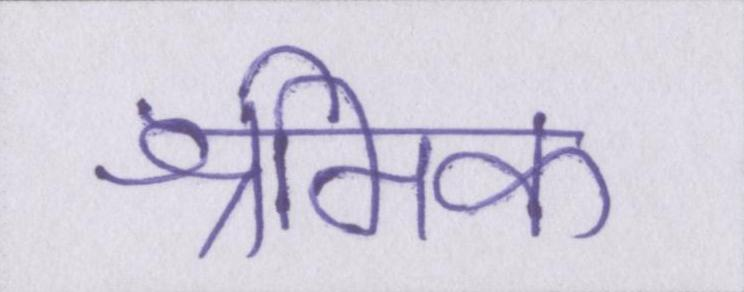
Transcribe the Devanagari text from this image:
श्रमिक